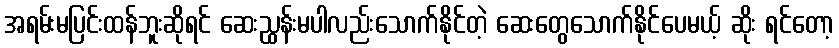
အရမ်းမပြင်းထန်ဘူးဆိုရင် ဆေးညွှန်းမပါလည်းသောက်နိုင်တဲ့ ဆေးတွေသောက်နိုင်ပေမယ့် ဆိုး ရင်တော့